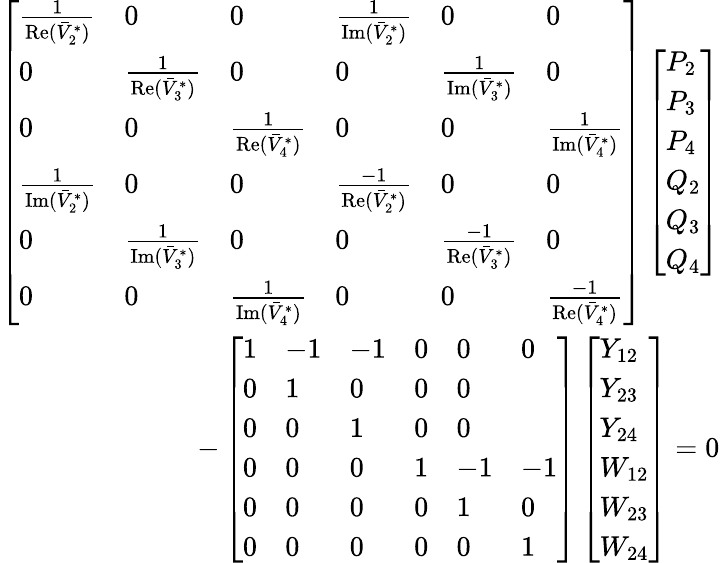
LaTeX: \begin{array}{r}{\left[\begin{array}{llllll}{\frac{1}{\mathrm{Re}(\bar{V}_{2}^{*})}}&{0}&{0}&{\frac{1}{\mathrm{Im}(\bar{V}_{2}^{*})}}&{0}&{0}\\ {0}&{\frac{1}{\mathrm{Re}(\bar{V}_{3}^{*})}}&{0}&{0}&{\frac{1}{\mathrm{Im}(\bar{V}_{3}^{*})}}&{0}\\ {0}&{0}&{\frac{1}{\mathrm{Re}(\bar{V}_{4}^{*})}}&{0}&{0}&{\frac{1}{\mathrm{Im}(\bar{V}_{4}^{*})}}\\ {\frac{1}{\mathrm{Im}(\bar{V}_{2}^{*})}}&{0}&{0}&{\frac{-1}{\mathrm{Re}(\bar{V}_{2}^{*})}}&{0}&{0}\\ {0}&{\frac{1}{\mathrm{Im}(\bar{V}_{3}^{*})}}&{0}&{0}&{\frac{-1}{\mathrm{Re}(\bar{V}_{3}^{*})}}&{0}\\ {0}&{0}&{\frac{1}{\mathrm{Im}(\bar{V}_{4}^{*})}}&{0}&{0}&{\frac{-1}{\mathrm{Re}(\bar{V}_{4}^{*})}}\end{array}\right]\left[\begin{array}{l}{P_{2}}\\ {P_{3}}\\ {P_{4}}\\ {Q_{2}}\\ {Q_{3}}\\ {Q_{4}}\end{array}\right]}\\ {-\left[\begin{array}{llllll}{1}&{-1}&{-1}&{0}&{0}&{0}\\ {0}&{1}&{0}&{0}&{0}\\ {0}&{0}&{1}&{0}&{0}\\ {0}&{0}&{0}&{1}&{-1}&{-1}\\ {0}&{0}&{0}&{0}&{1}&{0}\\ {0}&{0}&{0}&{0}&{0}&{1}\end{array}\right]\left[\begin{array}{l}{Y_{12}}\\ {Y_{23}}\\ {Y_{24}}\\ {W_{12}}\\ {W_{23}}\\ {W_{24}}\end{array}\right]=0}\end{array}